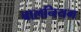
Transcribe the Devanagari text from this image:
बालनियम